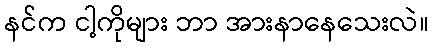
နင်က ငါ့ကိုများ ဘာ အားနာနေသေးလဲ။